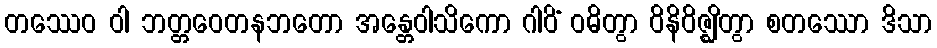
တဿေဝ ဝါ ဘတ္တဝေတနဘတော အန္တေဝါသိကော ဂါဝိံ ဝဓိတွာ ဝိနိဝိဇ္ဈိတွာ စတဿော ဒိသာ